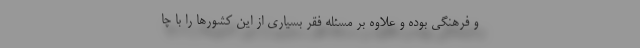
و فرهنگی بوده و علاوه بر ‌مسئله فقر بسیاری از این کشورها را با چا